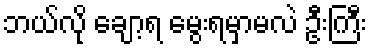
ဘယ်လို ချော့ရ မွေးရမှာမလဲ ဦးကြီး